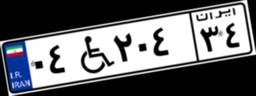
۰۴W۲۰۴۳۴